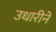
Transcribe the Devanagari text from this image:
उधारीने